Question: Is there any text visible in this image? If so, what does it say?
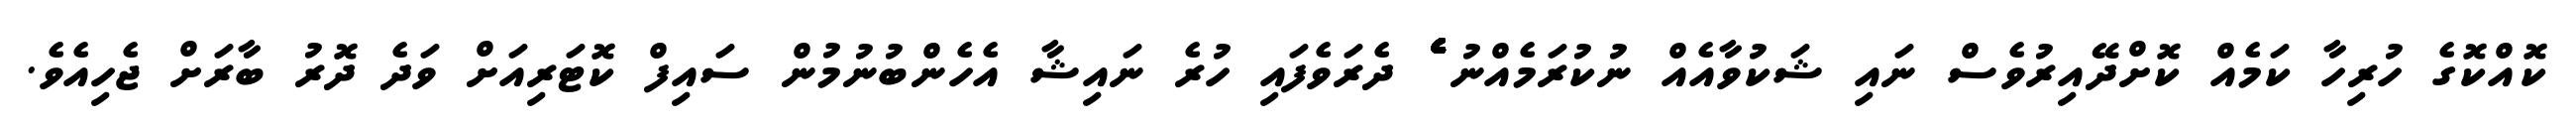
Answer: ކޮއްކޮގެ ހުރިހާ ކަމެއް ކޮށްދޭއިރުވެސް ނައި ޝަކުވާއެއް ނުކުރަމެއްނު ެެެެެެެެެެެެެެެެެެެެެެެެެެެެެެެެެެެެެެ ދެރަވެފައި ހުރެ ނައިޝާ އެހެންބުނުމުން ސައިފް ކޮޓަރިއަށް ވަދެ ދޮރު ބާރަށް ޖެހިއެވެ.